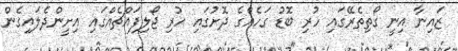
ޒައިނާ އިނީ ގޯތިތެރޭގައި ހުރި ބޮޑު ގަހެއްގެ ދޮށުގައި ހުރި ޖޯލިފައްޗެއްގައި އިށީންދެލައިގެން